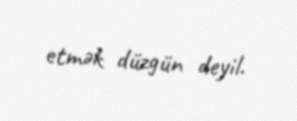
etmək düzgün deyil.